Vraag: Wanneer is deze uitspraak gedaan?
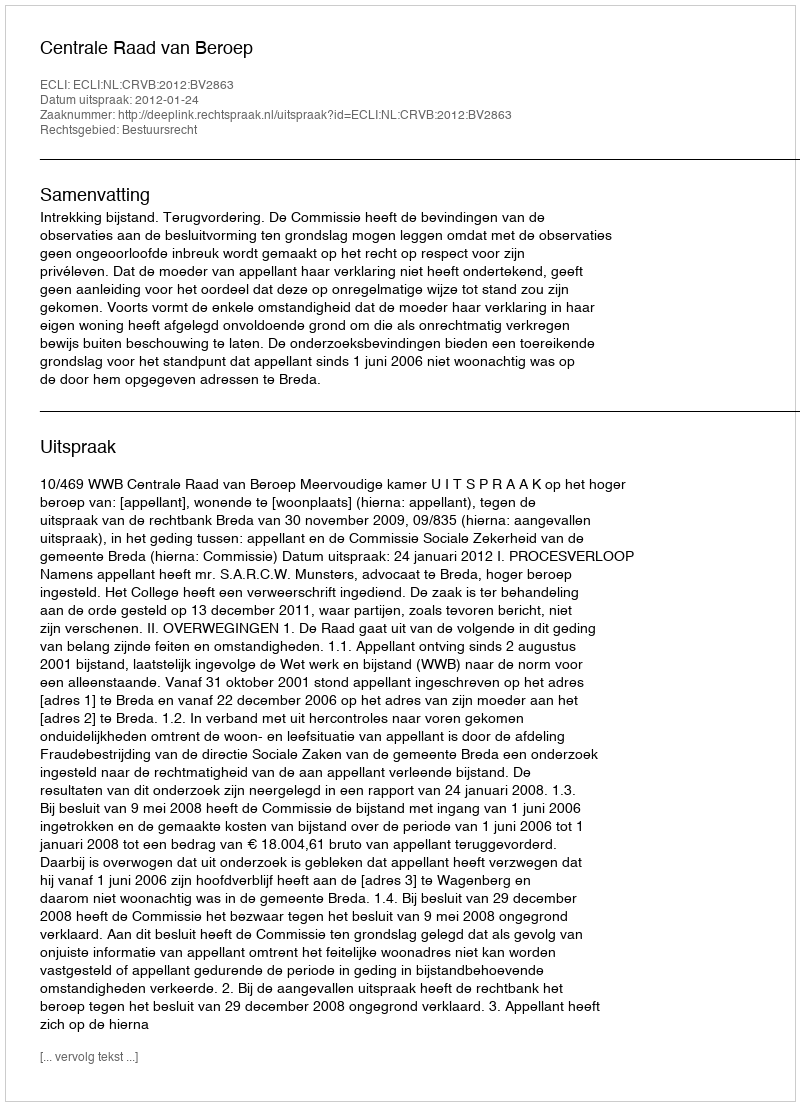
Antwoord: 2012-01-24